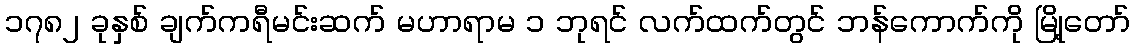
၁၇၈၂ ခုနှစ် ချက်ကရီမင်းဆက် မဟာရာမ ၁ ဘုရင် လက်ထက်တွင် ဘန်ကောက်ကို မြို့တော်